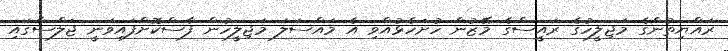
ރައްޔިތުންގެ މަޖިލީހުގެ ރައީސްގެ މޭޒުން ހުށަހެޅުއްވި އެ މައްސަލަ މަޖިލީހުން ފާސްކޮށްފައިވަނީ ޖަލްސާގައި